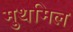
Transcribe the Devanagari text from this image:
मुथमिल